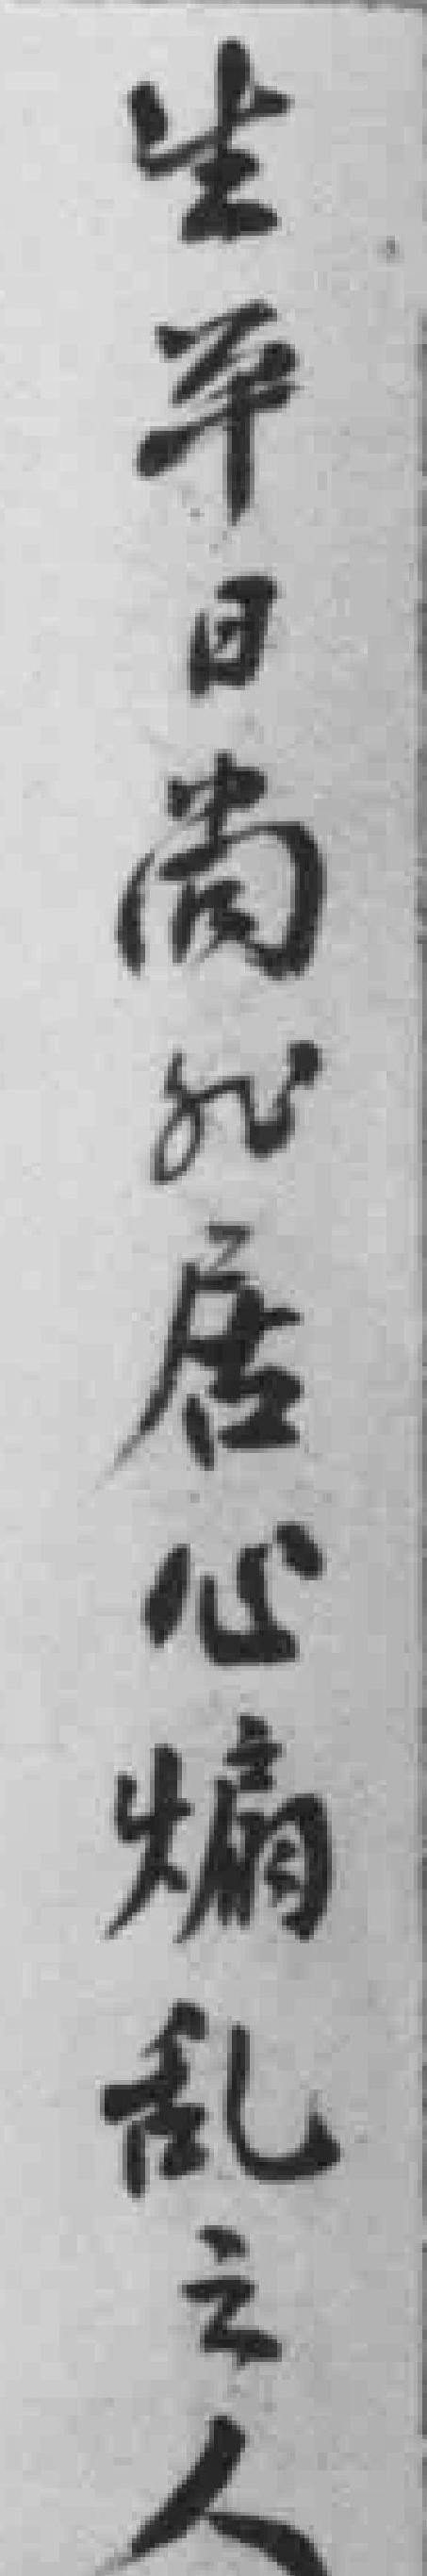
生平日尚*居心煽乱立人